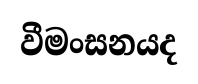
වීමංසනයද